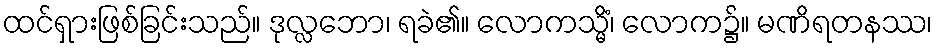
ထင်ရှားဖြစ်ခြင်းသည်။ ဒုလ္လဘော၊ ရခဲ၏။ လောကသ္မိံ၊ လောက၌။ မဏိရတနဿ၊